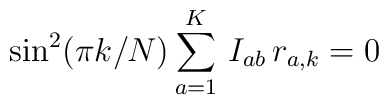
\sin^2 (\pi k/N) \sum_{a=1}^K\, I_{ab}\, r_{a,k} = 0